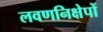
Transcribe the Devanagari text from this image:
लवणनिक्षेपों